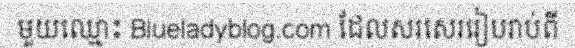
មួយឈ្មោះ Blueladyblog.com ដែលសរសេររៀបរាប់ពី